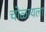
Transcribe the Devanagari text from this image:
चोळायला